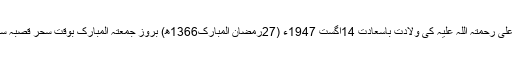
سلطان الفقر ششم حضرت سخی سلطان محمد اصغر علی رحمتہ اللہ علیہ کی ولادت باسعادت 14اگست 1947ء (27رمضان المبارک1366ھ) بروز جمعتہ المبارک بوقتِ سحر قصبہ سمندری گڑھ مہاراجہ ضلع جھنگ پاکستان میں ہوئی۔